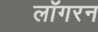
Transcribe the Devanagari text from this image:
लॉगरन